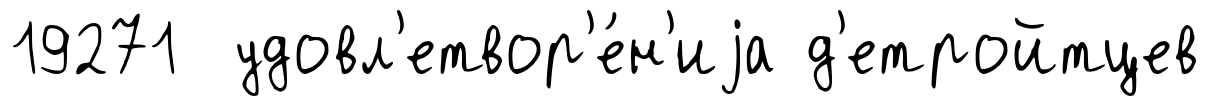
19271 удовл'етвор'е́н'иjа д'етройтцев